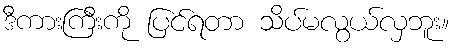
ဒီကားကြီးကို ပြင်ရတာ သိပ်မလွယ်လှဘူး။